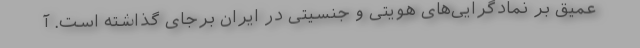
عمیق بر نمادگرایی‌های هویتی و جنسیتی در ایران برجای گذاشته است. آ